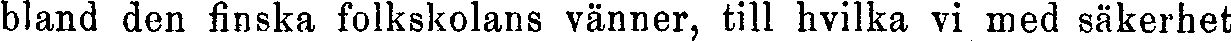
bland den finska folkskolans vänner, till hvilka vi med säkerhet